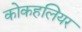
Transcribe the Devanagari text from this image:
कोकहलियर